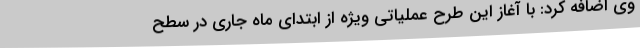
وی اضافه کرد: با آغاز این طرح عملیاتی ویژه از ابتدای ماه جاری در سطح